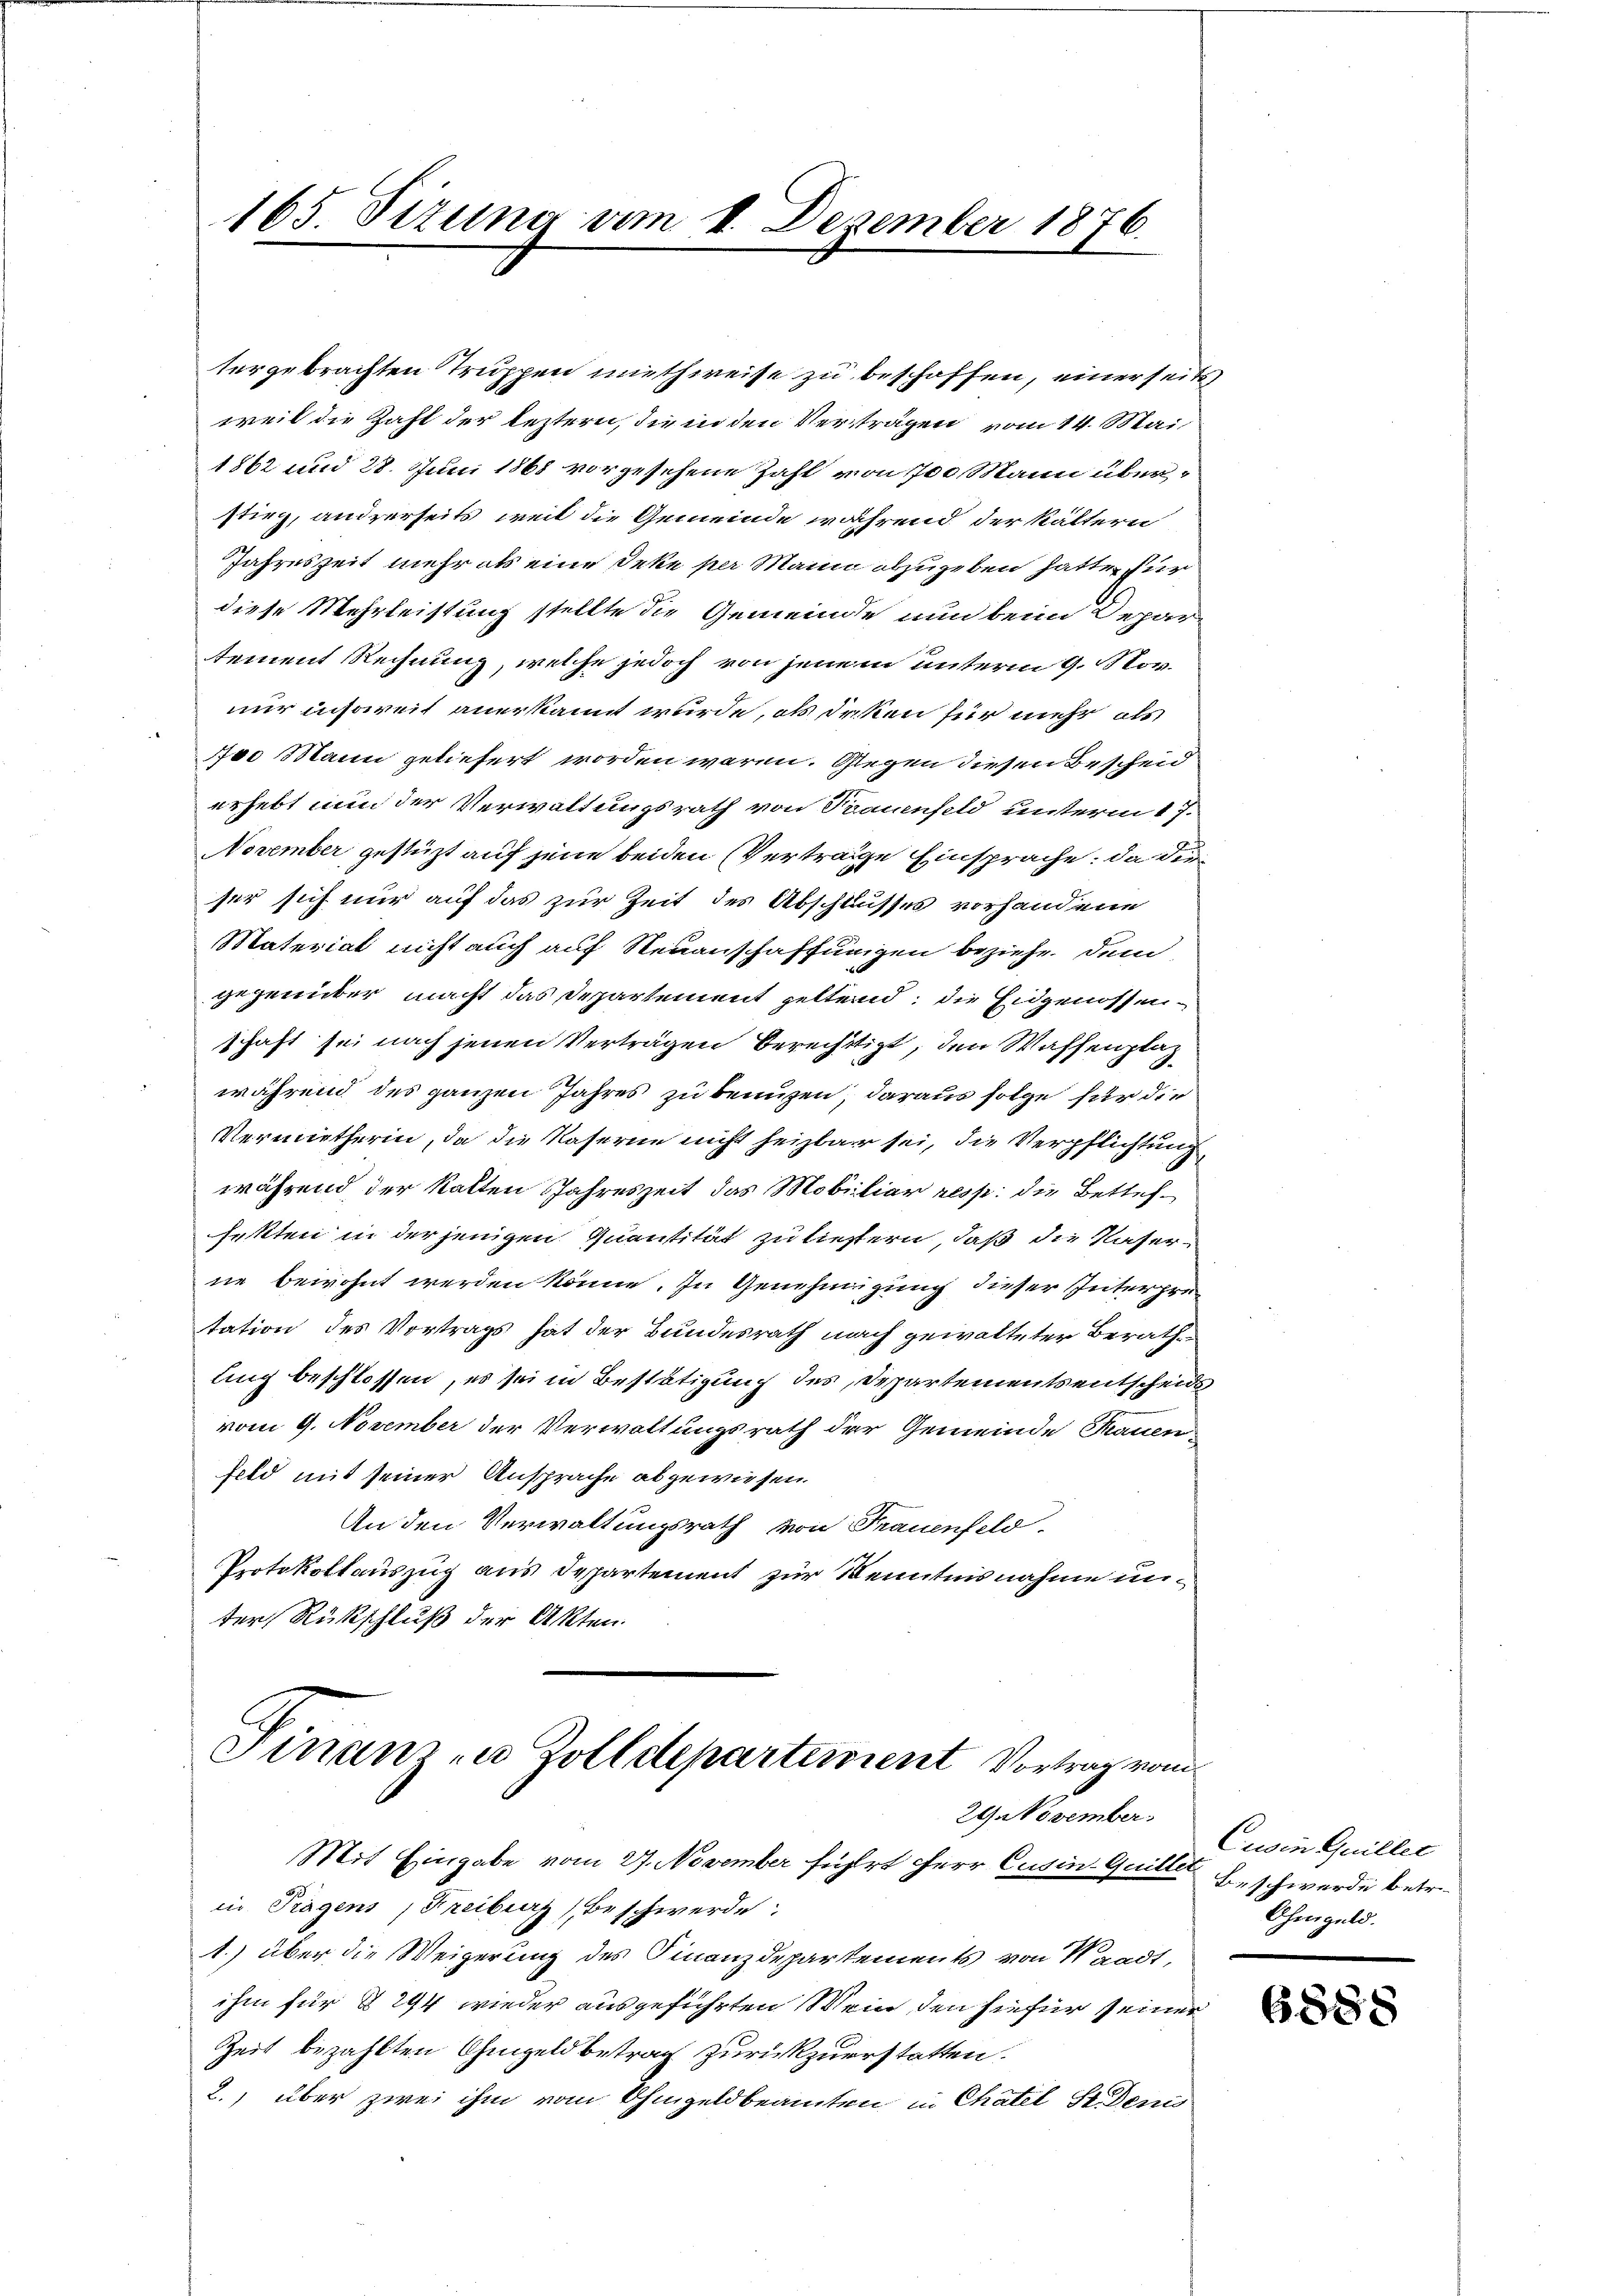
165. Sizung vom 1. Dezember 1876.

tergebrachten Truppen muthweise zu beschoffen, einer seits
weil die Zahl der leztern, die in den Verträgen vom 14. Mai
1862 und 28. Juni 1868 vorgesehene Zahl von 1700 Mann überstirg, anderseits, weil die Gemeinde während der Kältern
Jahreszeit mehr als eine Deke per Mann abzugeben hatte, für
diese Mehrleistung stellte die Gemeinde nun beim Depar-
tement Rechnung, welche jedoch von jenem unterm 9. Nov.
nur insoweit anerkannt wurde, als deken für mehr als
700 Mann geliefert worden waren. Glegen diesen Bescheid
erhebt nun der Verwaltungsrath von Trauenfeld unterm 17.
November gestützt auf jene beiden Verträge Einsprache: da die
ser sich nur auf das zur Zeit des Abschlusses vorhandene
Materiat nicht auch auf Neuanschaffungen beziehe dem
gegenüber macht das Departement geltend, die Eidgenossen
schaft sei nach jenen Verträgen berechtigt, den Waffenplag
während des ganzen Jahres zu benuzen, daraus folge für die
Vermietherin, da die Kaserne nicht heizbar sei, die Verpflichtung
während der kalten Jahreszeit das Mobiliar resp. die Betreffetten in der jenigen Quantität zu liestern, daß die Kaserne bewohnt werden könne. In Genehmigung dieser Interprutation des Vortrags hat der Bundesrath nach gewalteter Berathe
ling beschlossen, es sei in Bestätigung des Departements entscheids
vom 9. November der Verwaltungsrath der Gemeinde Hauen
feld mit seiner Ansprache abgewiesen.
An den Verwaltungsrath von Frauenfeld
Protokollauszug aus Departement zur Kenntnisnahme unter Rückschluß der Akten.

Finanz zu Zolldepartement Vortrag vom
29. November.

Mit Eingabe vom 27. November führt Herr Cusin. Guiller Beschwerde betr.
in Tragens, Freibenz beschwerde:
1.) über die Weigerung des Finanzdepartements von Waadt,
ihm für § 294 wieder ausgeführten Wein, den hiefür seiner
Zeit bezahlten Ohmgeldbetrag zurückzuerstatten.
2.) über zwei ihm vom Ohmgeldbeamten in Chatel St. Denis

Cusin Guiller
Ohmgeld.

6888